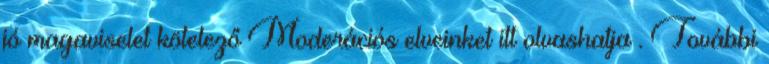
jó magaviselet kötelező Moderációs elveinket itt olvashatja . További